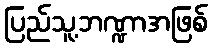
ပြည်သူ့ဘဏ္ဍာအဖြစ်